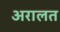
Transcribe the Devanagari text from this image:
अरालत